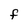
Character: f